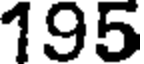
195